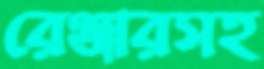
রেঞ্জারসহ